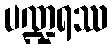
ပဏ္ဍရဿ